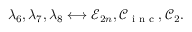
\lambda _ { 6 } , \lambda _ { 7 } , \lambda _ { 8 } \longleftrightarrow \mathcal { E } _ { 2 n } , \mathcal { C } _ { \textnormal { \scriptsize i n c } } , \mathcal { C } _ { 2 } .